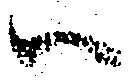
ハ